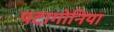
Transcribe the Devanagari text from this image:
पटागोनिया